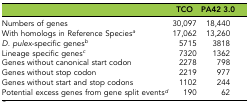
|  | TCO | PA42 3.0 |
 | --- | --- | --- |
 | Numbers of genes | 30,097 | 18,440 |
 | With homologs in Reference Speciesa | 17,062 | 13,260 |
 | D. pulex-specific genesb | 5715 | 3818 |
 | Lineage specific genesc | 7320 | 1362 |
 | Genes without canonical start codon | 2278 | 798 |
 | Genes without stop codon | 2219 | 977 |
 | Genes without start and stop codons | 1102 | 244 |
 | Potential excess genes from gene split eventsd | 190 | 62 |